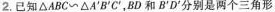
2.已知 \triangle ABC~\triangleA'B'C',BD和B'D'分别是两个三角形